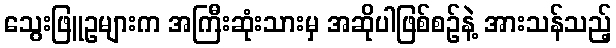
သွေးဖြူဥများက အကြီးဆုံးသားမှ အဆိုပါဖြစ်စဉ်နဲ့ အားသန်သည့်